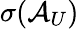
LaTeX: \sigma(\mathcal{A}_{U})